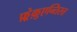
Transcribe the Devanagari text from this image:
फ़्रेक़ुएन्तिस्त